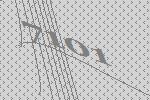
7101